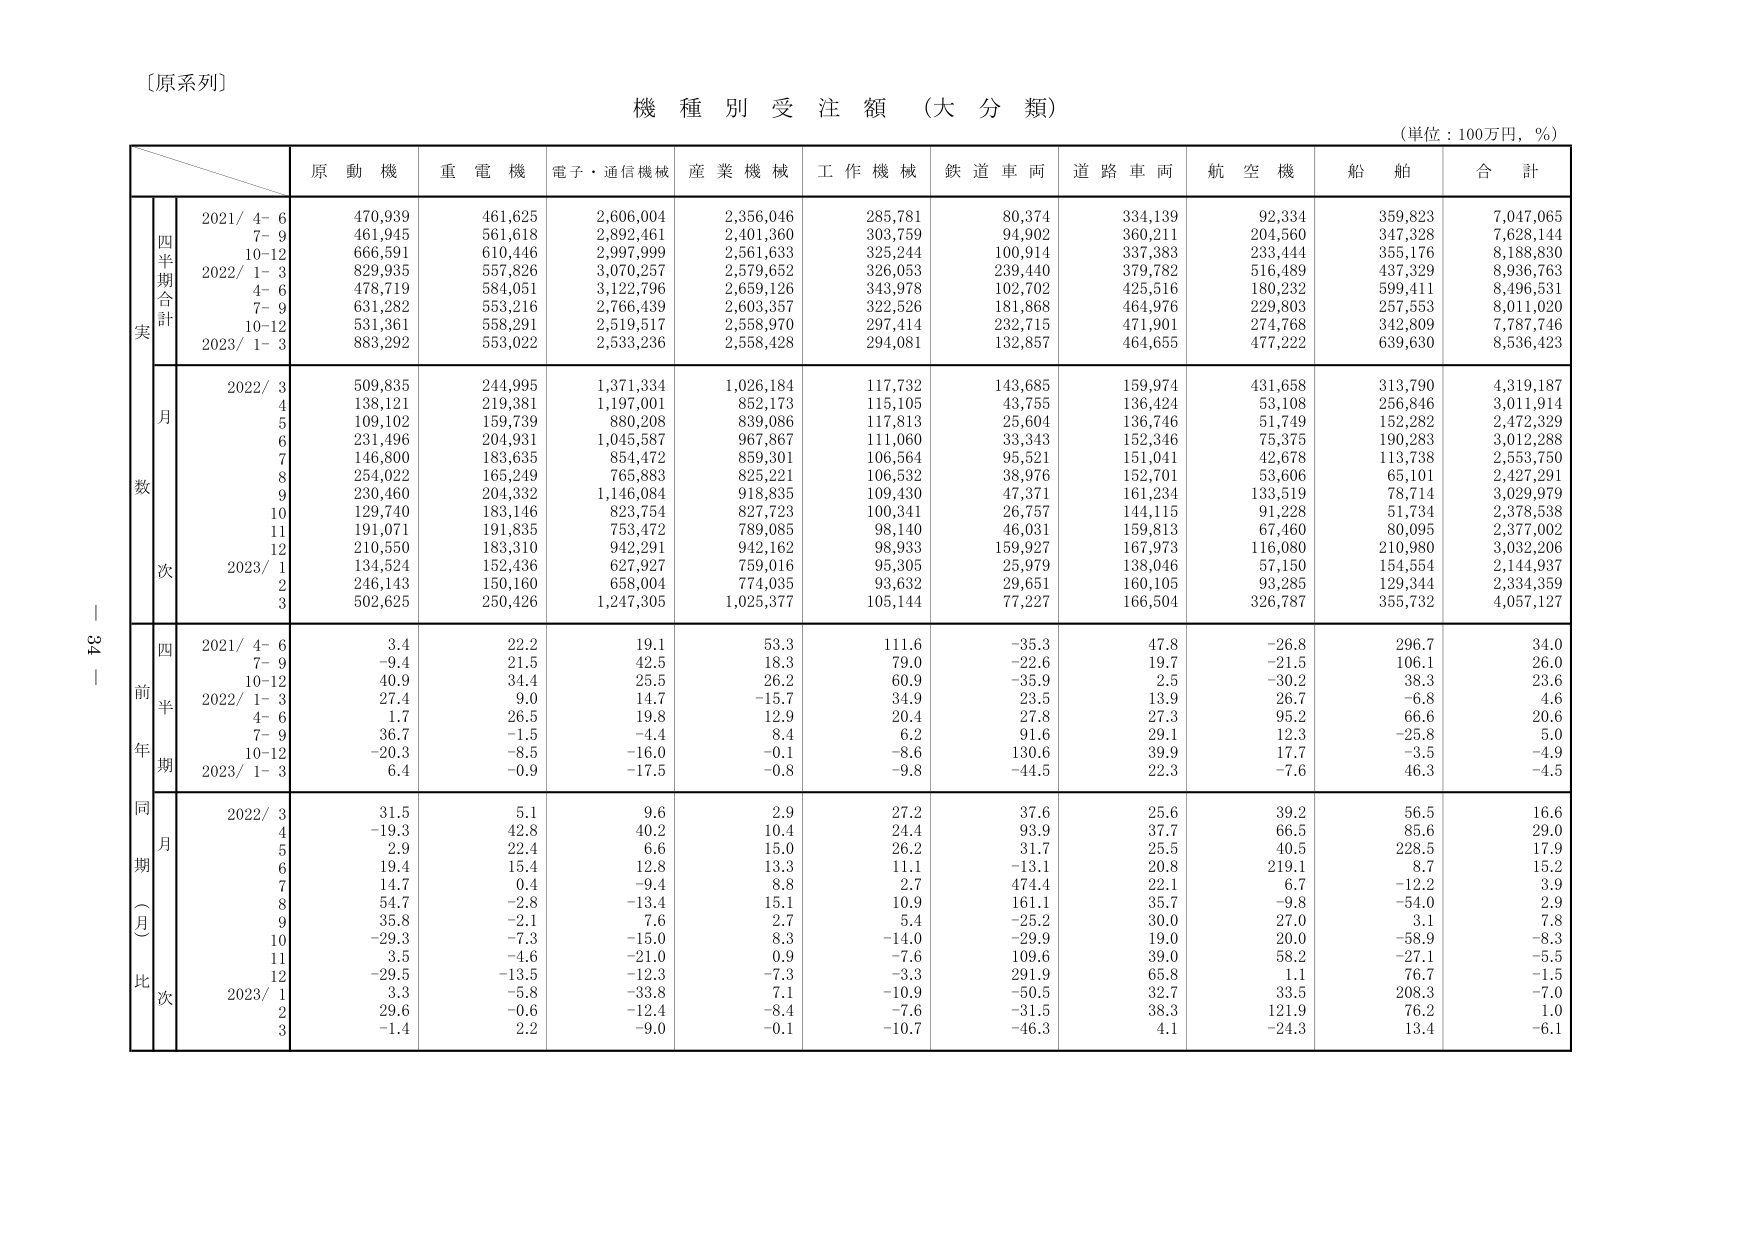
〔原系列〕

機 種 別 受 注 額 （大 分 類）

（単位：100万円，％）